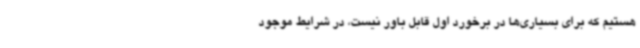
هستیم که برای بسیاری‌ها در برخورد اول قابل باور نیست، در شرایط موجود